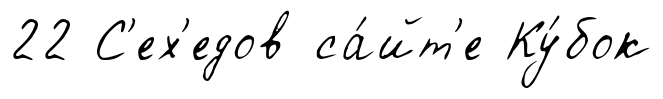
22 С'ех'едов са́йт'е Ку́бок